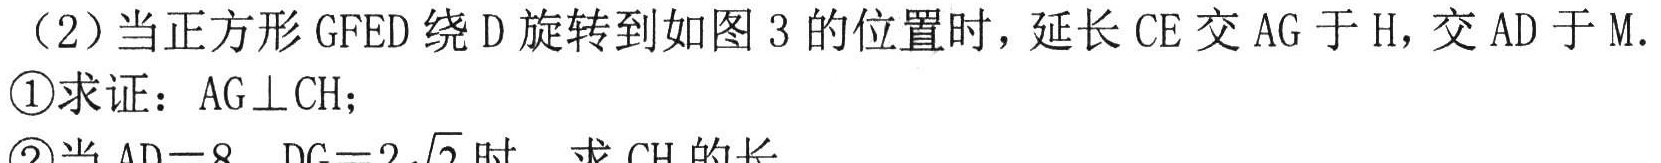
（2）当正方形$GFED$绕$D$旋转到如图$3$的位置时，延长$CE$交$AG$于$H$，交$AD$于$M$.
\textcircled{1}求证：$AG\perp CH$；
\textcircled{2}当$AD = 8$，$DG = 2\sqrt{2}$时，求$CH$的长